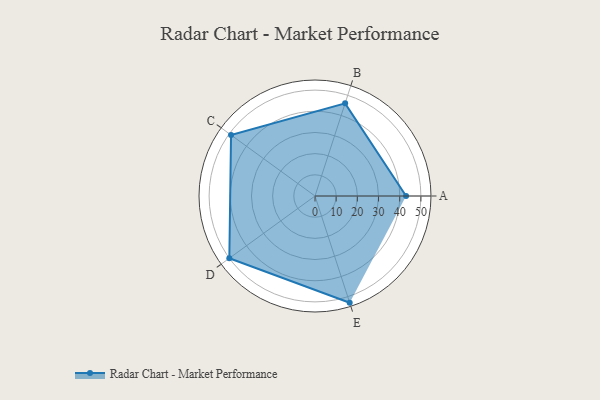
{"axis": {"x": "Skill", "y": "Score"}, "legend": ["Profile"], "data": [{"x": "A", "y": 43.0, "type": "Profile"}, {"x": "B", "y": 46.0, "type": "Profile"}, {"x": "C", "y": 49.0, "type": "Profile"}, {"x": "D", "y": 50.0, "type": "Profile"}, {"x": "E", "y": 53.0, "type": "Profile"}]}